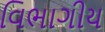
વિભાગીય